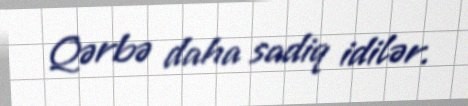
Qərbə daha sadiq idilər.